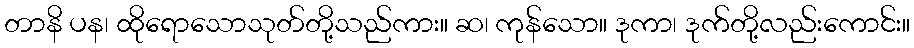
တာနိ ပန၊ ထိုရောသောသုတ်တို့သည်ကား။ ဆ၊ ကုန်သော။ ဒုကာ၊ ဒုက်တို့လည်းကောင်း။